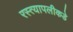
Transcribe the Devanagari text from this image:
रस्त्यापलीकडे